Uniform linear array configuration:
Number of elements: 12
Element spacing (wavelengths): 0.5
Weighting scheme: hann
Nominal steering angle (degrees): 15
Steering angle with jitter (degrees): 15.093
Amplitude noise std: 0.05
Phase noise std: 0.05

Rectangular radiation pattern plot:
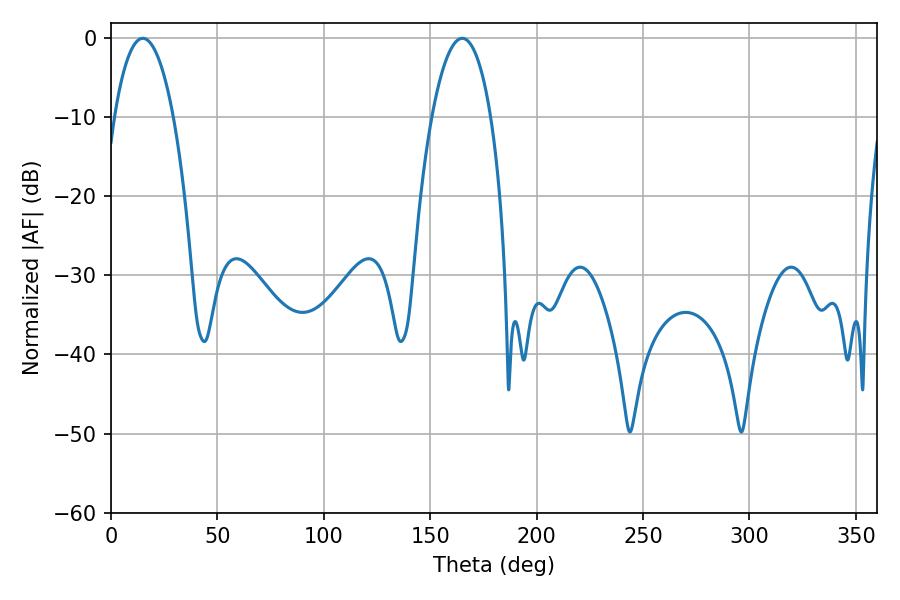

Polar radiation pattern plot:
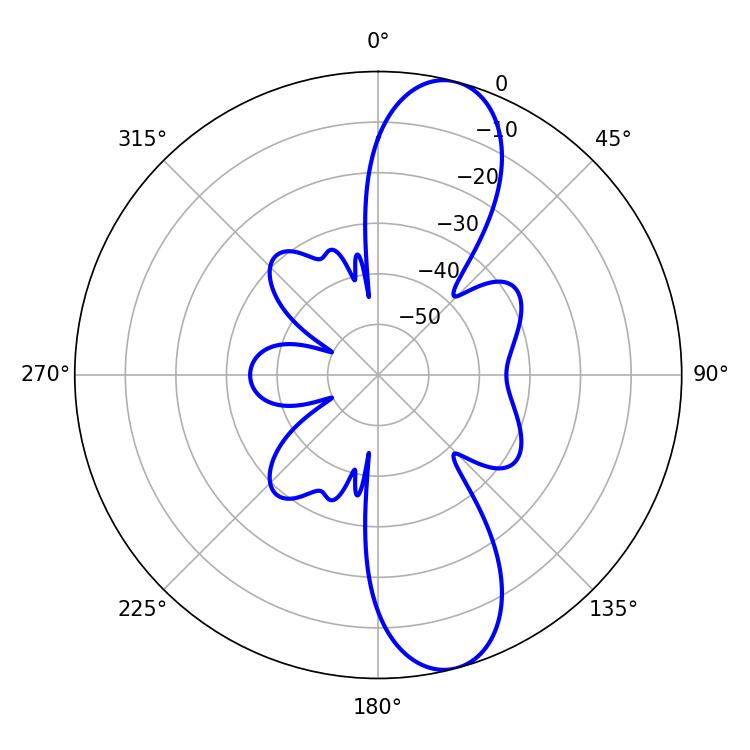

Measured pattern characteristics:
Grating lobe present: FALSE
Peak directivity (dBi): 11.239
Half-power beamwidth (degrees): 15.48
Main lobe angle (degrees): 14.94